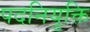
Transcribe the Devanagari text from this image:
पदनियुक्ति